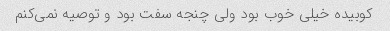
کوبیده خیلی خوب بود ولی چنجه سفت بود و توصیه نمی‌کنم